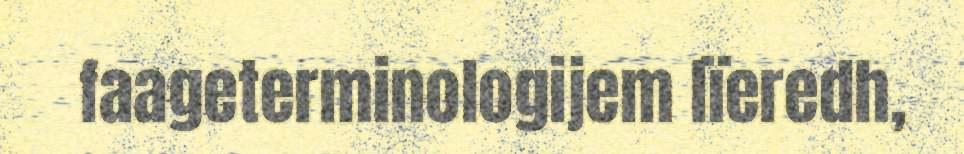
faageterminologijem lïeredh,